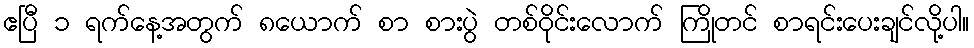
ဧပြီ ၁ ရက်နေ့အတွက် ၈ယောက် စာ စားပွဲ တစ်ဝိုင်းလောက် ကြိုတင် စာရင်းပေးချင်လို့ပါ။